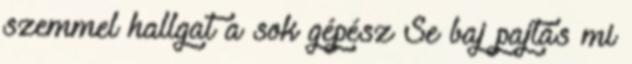
szemmel hallgat a sok gépész Se baj pajtás mi